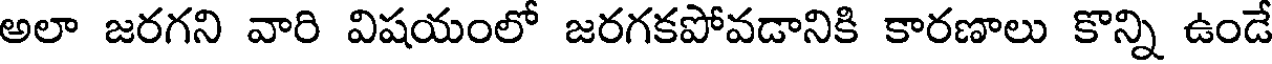
అలా జరగని వారి విషయంలో జరగకపోవడానికి కారణాలు కొన్ని ఉండే